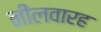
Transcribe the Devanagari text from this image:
नीलवारह